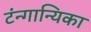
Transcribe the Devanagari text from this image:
टंन्गान्यिका